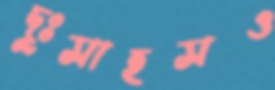
দুঃসাহসও